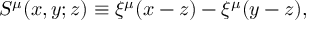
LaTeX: S ^ { \mu } ( x , y ; z ) \equiv \xi ^ { \mu } ( x - z ) - \xi ^ { \mu } ( y - z ) ,